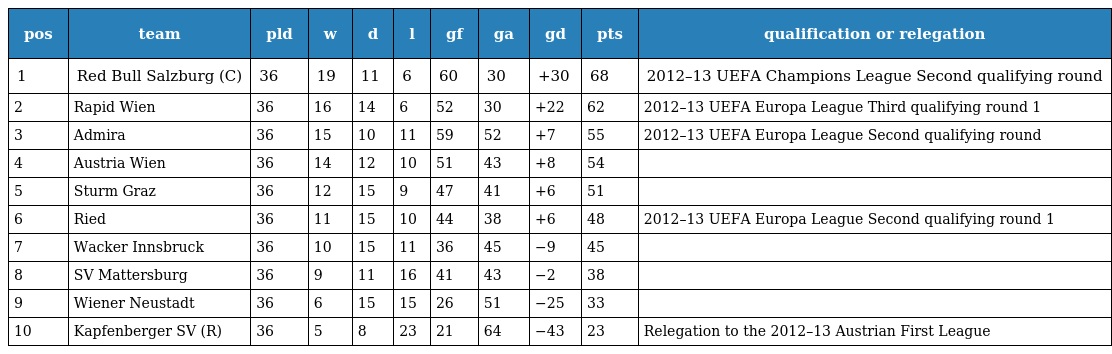
| pos | team | pld | w | d | l | gf | ga | gd | pts | qualification or relegation |
 | --- | --- | --- | --- | --- | --- | --- | --- | --- | --- | --- |
 | 1 | Red Bull Salzburg (C) | 36 | 19 | 11 | 6 | 60 | 30 | +30 | 68 | 2012–13 UEFA Champions League Second qualifying round |
 | 2 | Rapid Wien | 36 | 16 | 14 | 6 | 52 | 30 | +22 | 62 | 2012–13 UEFA Europa League Third qualifying round 1 |
 | 3 | Admira | 36 | 15 | 10 | 11 | 59 | 52 | +7 | 55 | 2012–13 UEFA Europa League Second qualifying round |
 | 4 | Austria Wien | 36 | 14 | 12 | 10 | 51 | 43 | +8 | 54 |  |
 | 5 | Sturm Graz | 36 | 12 | 15 | 9 | 47 | 41 | +6 | 51 |  |
 | 6 | Ried | 36 | 11 | 15 | 10 | 44 | 38 | +6 | 48 | 2012–13 UEFA Europa League Second qualifying round 1 |
 | 7 | Wacker Innsbruck | 36 | 10 | 15 | 11 | 36 | 45 | −9 | 45 |  |
 | 8 | SV Mattersburg | 36 | 9 | 11 | 16 | 41 | 43 | −2 | 38 |  |
 | 9 | Wiener Neustadt | 36 | 6 | 15 | 15 | 26 | 51 | −25 | 33 |  |
 | 10 | Kapfenberger SV (R) | 36 | 5 | 8 | 23 | 21 | 64 | −43 | 23 | Relegation to the 2012–13 Austrian First League |